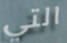
التي